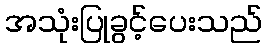
အသုံးပြုခွင့်ပေးသည်